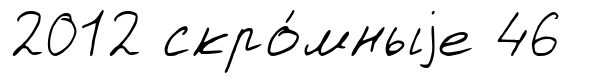
2012 скро́мныjе 46